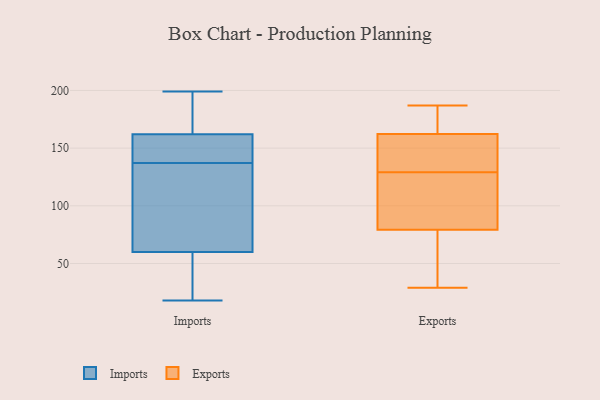
{"axis": {"x": "Tickets Resolved", "y": "Value"}, "legend": ["Exports", "Imports"], "data": [{"x": "", "y": 18, "type": "Imports"}, {"x": "", "y": 137, "type": "Imports"}, {"x": "", "y": 36, "type": "Imports"}, {"x": "", "y": 164, "type": "Imports"}, {"x": "", "y": 94, "type": "Imports"}, {"x": "", "y": 143, "type": "Imports"}, {"x": "", "y": 199, "type": "Imports"}, {"x": "", "y": 156, "type": "Imports"}, {"x": "", "y": 178, "type": "Imports"}, {"x": "", "y": 78, "type": "Imports"}, {"x": "", "y": 54, "type": "Imports"}, {"x": "", "y": 152, "type": "Exports"}, {"x": "", "y": 146, "type": "Exports"}, {"x": "", "y": 77, "type": "Exports"}, {"x": "", "y": 129, "type": "Exports"}, {"x": "", "y": 29, "type": "Exports"}, {"x": "", "y": 186, "type": "Exports"}, {"x": "", "y": 108, "type": "Exports"}, {"x": "", "y": 37, "type": "Exports"}, {"x": "", "y": 80, "type": "Exports"}, {"x": "", "y": 85, "type": "Exports"}, {"x": "", "y": 162, "type": "Exports"}, {"x": "", "y": 187, "type": "Exports"}, {"x": "", "y": 163, "type": "Exports"}]}